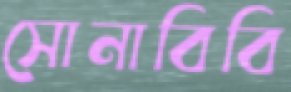
সোনাবিবি